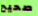
صحيح